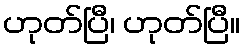
ဟုတ်ပြီ၊ ဟုတ်ပြီ။